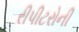
રીપીટરોની